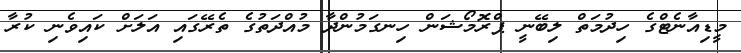
މީޑިއާނެޓްގެ ހިދުމަތް ލިބޭނީ ޕްރޮމޯޝަން ހިނގަމުންދާ މުއްދަތުގެ ތެރޭގައި އަލަށް ކައިވެނި ކުރާ